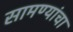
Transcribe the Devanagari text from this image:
सामण्यांचा